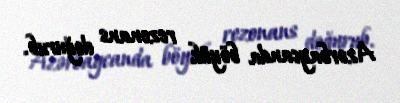
Azərbaycanda böyük rezonans doğurub.